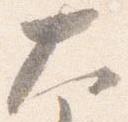
大